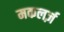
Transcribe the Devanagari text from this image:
मकलर्ज़